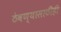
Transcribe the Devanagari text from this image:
ठेवण्यासाठीही